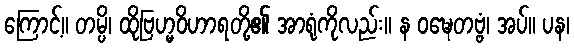
ကြောင့်။ တမ္ပိ၊ ထိုဗြဟ္မဝိဟာရတို့၏ အာရုံကိုလည်း။ န ဝဍ္ဎေတဗ္ဗံ၊ အပ်။ ပန၊